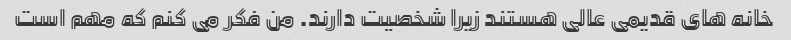
خانه های قدیمی عالی هستند زیرا شخصیت دارند. من فکر می کنم که مهم است